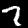
Digit: 7